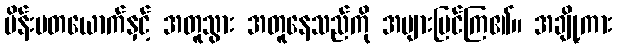
မိန်းမတယောက်နှင့် အတူသွား အတူနေသည်ကို အများမြင်ကြ၏။ အချို့ကား